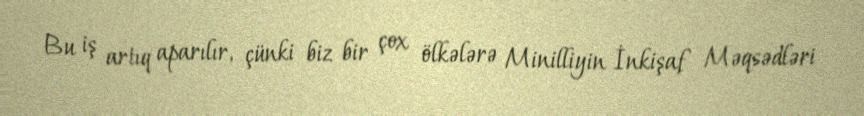
Bu iş artıq aparılır, çünki biz bir çox ölkələrə Minilliyin İnkişaf Məqsədləri